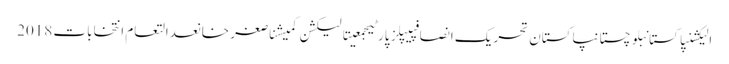
الیکشنپاکستانبلوچستانپاکستان تحریک انصافپیپلز پارٹیجمعیتالیکشن کمیشناصغر خانعدالتعام انتخابات 2018